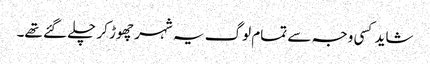
شاید کسی وجہ سے تمام لوگ یہ شہر چھوڑ کر چلے گئے تھے۔